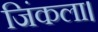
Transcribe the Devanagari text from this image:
जिंकला।